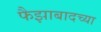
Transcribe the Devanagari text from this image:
फैझाबादच्या